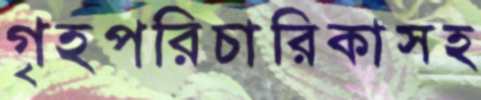
গৃহপরিচারিকাসহ